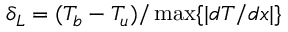
\delta _ { L } = ( T _ { b } - T _ { u } ) / \operatorname* { m a x } \{ | d T / d x | \}